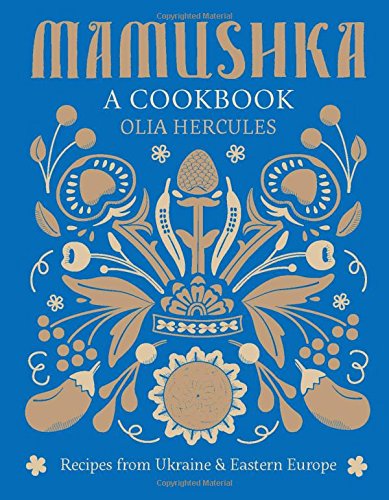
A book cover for Mamushka: Recipes from Ukraine and Eastern Europe; Olia Hercules; Cookbooks, Food & Wine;